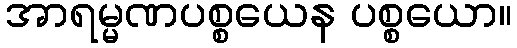
အာရမ္မဏပစ္စယေန ပစ္စယော။